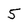
Character: 5